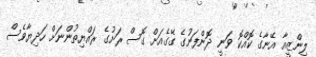
ލިންޒީއާ އޭނާގެ ކޮއްކޮ ވަނީ ދޮންފަނުގެ ގޭގެއަށް ގޮސް ރަށުގެ ރައްޔިތުންނަށް ހަދިޔާވެސް